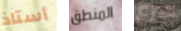
أستاذ المنطق صرع